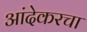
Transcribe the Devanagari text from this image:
आंदेकरचा